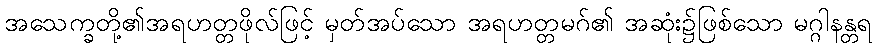
အသေက္ခတို့၏အရဟတ္တဖိုလ်ဖြင့် မှတ်အပ်သော အရဟတ္တမဂ်၏ အဆုံး၌ဖြစ်သော မဂ္ဂါနန္တရ